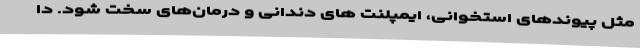
مثل پیوندهای استخوانی، ایمپلنت های دندانی و درمان‌های سخت شود. دا